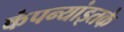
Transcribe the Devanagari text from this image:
कंपन्यांइतके